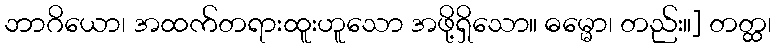
ဘာဂိယော၊ အထက်တရားထူးဟူသော အဖို့ရှိသော။ ဓမ္မော၊ တည်း။] တတ္ထ၊